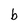
Character: b